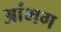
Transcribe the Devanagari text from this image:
आंभग